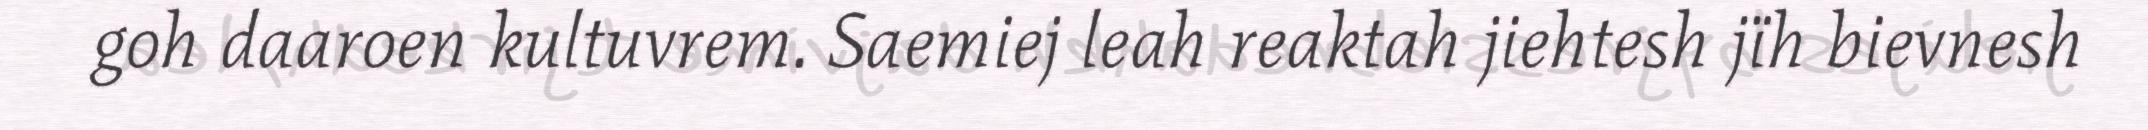
goh daaroen kultuvrem. Saemiej leah reaktah jiehtesh jïh bievnesh